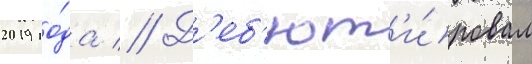
2019 го́да // Д'еб'ют'и́ровал